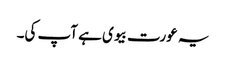
یہ عورت بیوی ہے آپ کی۔